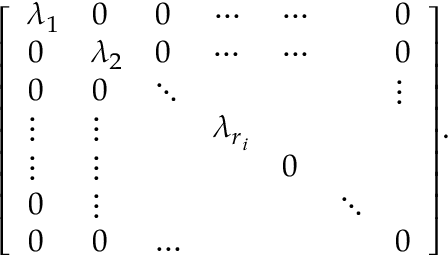
{ \left[ \begin{array} { l l l l l l l } { \lambda _ { 1 } } & { 0 } & { 0 } & { \cdots } & { \cdots } & { } & { 0 } \\ { 0 } & { \lambda _ { 2 } } & { 0 } & { \cdots } & { \cdots } & { } & { 0 } \\ { 0 } & { 0 } & { \ddots } & { } & { } & { } & { \vdots } \\ { \vdots } & { \vdots } & { } & { \lambda _ { r _ { i } } } & { } & { } \\ { \vdots } & { \vdots } & { } & { } & { 0 } & { } \\ { 0 } & { \vdots } & { } & { } & { } & { \ddots } \\ { 0 } & { 0 } & { \ldots } & { } & { } & { } & { 0 } \end{array} \right] } .